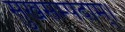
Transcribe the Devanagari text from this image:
सुखसम्पदाम्‌।